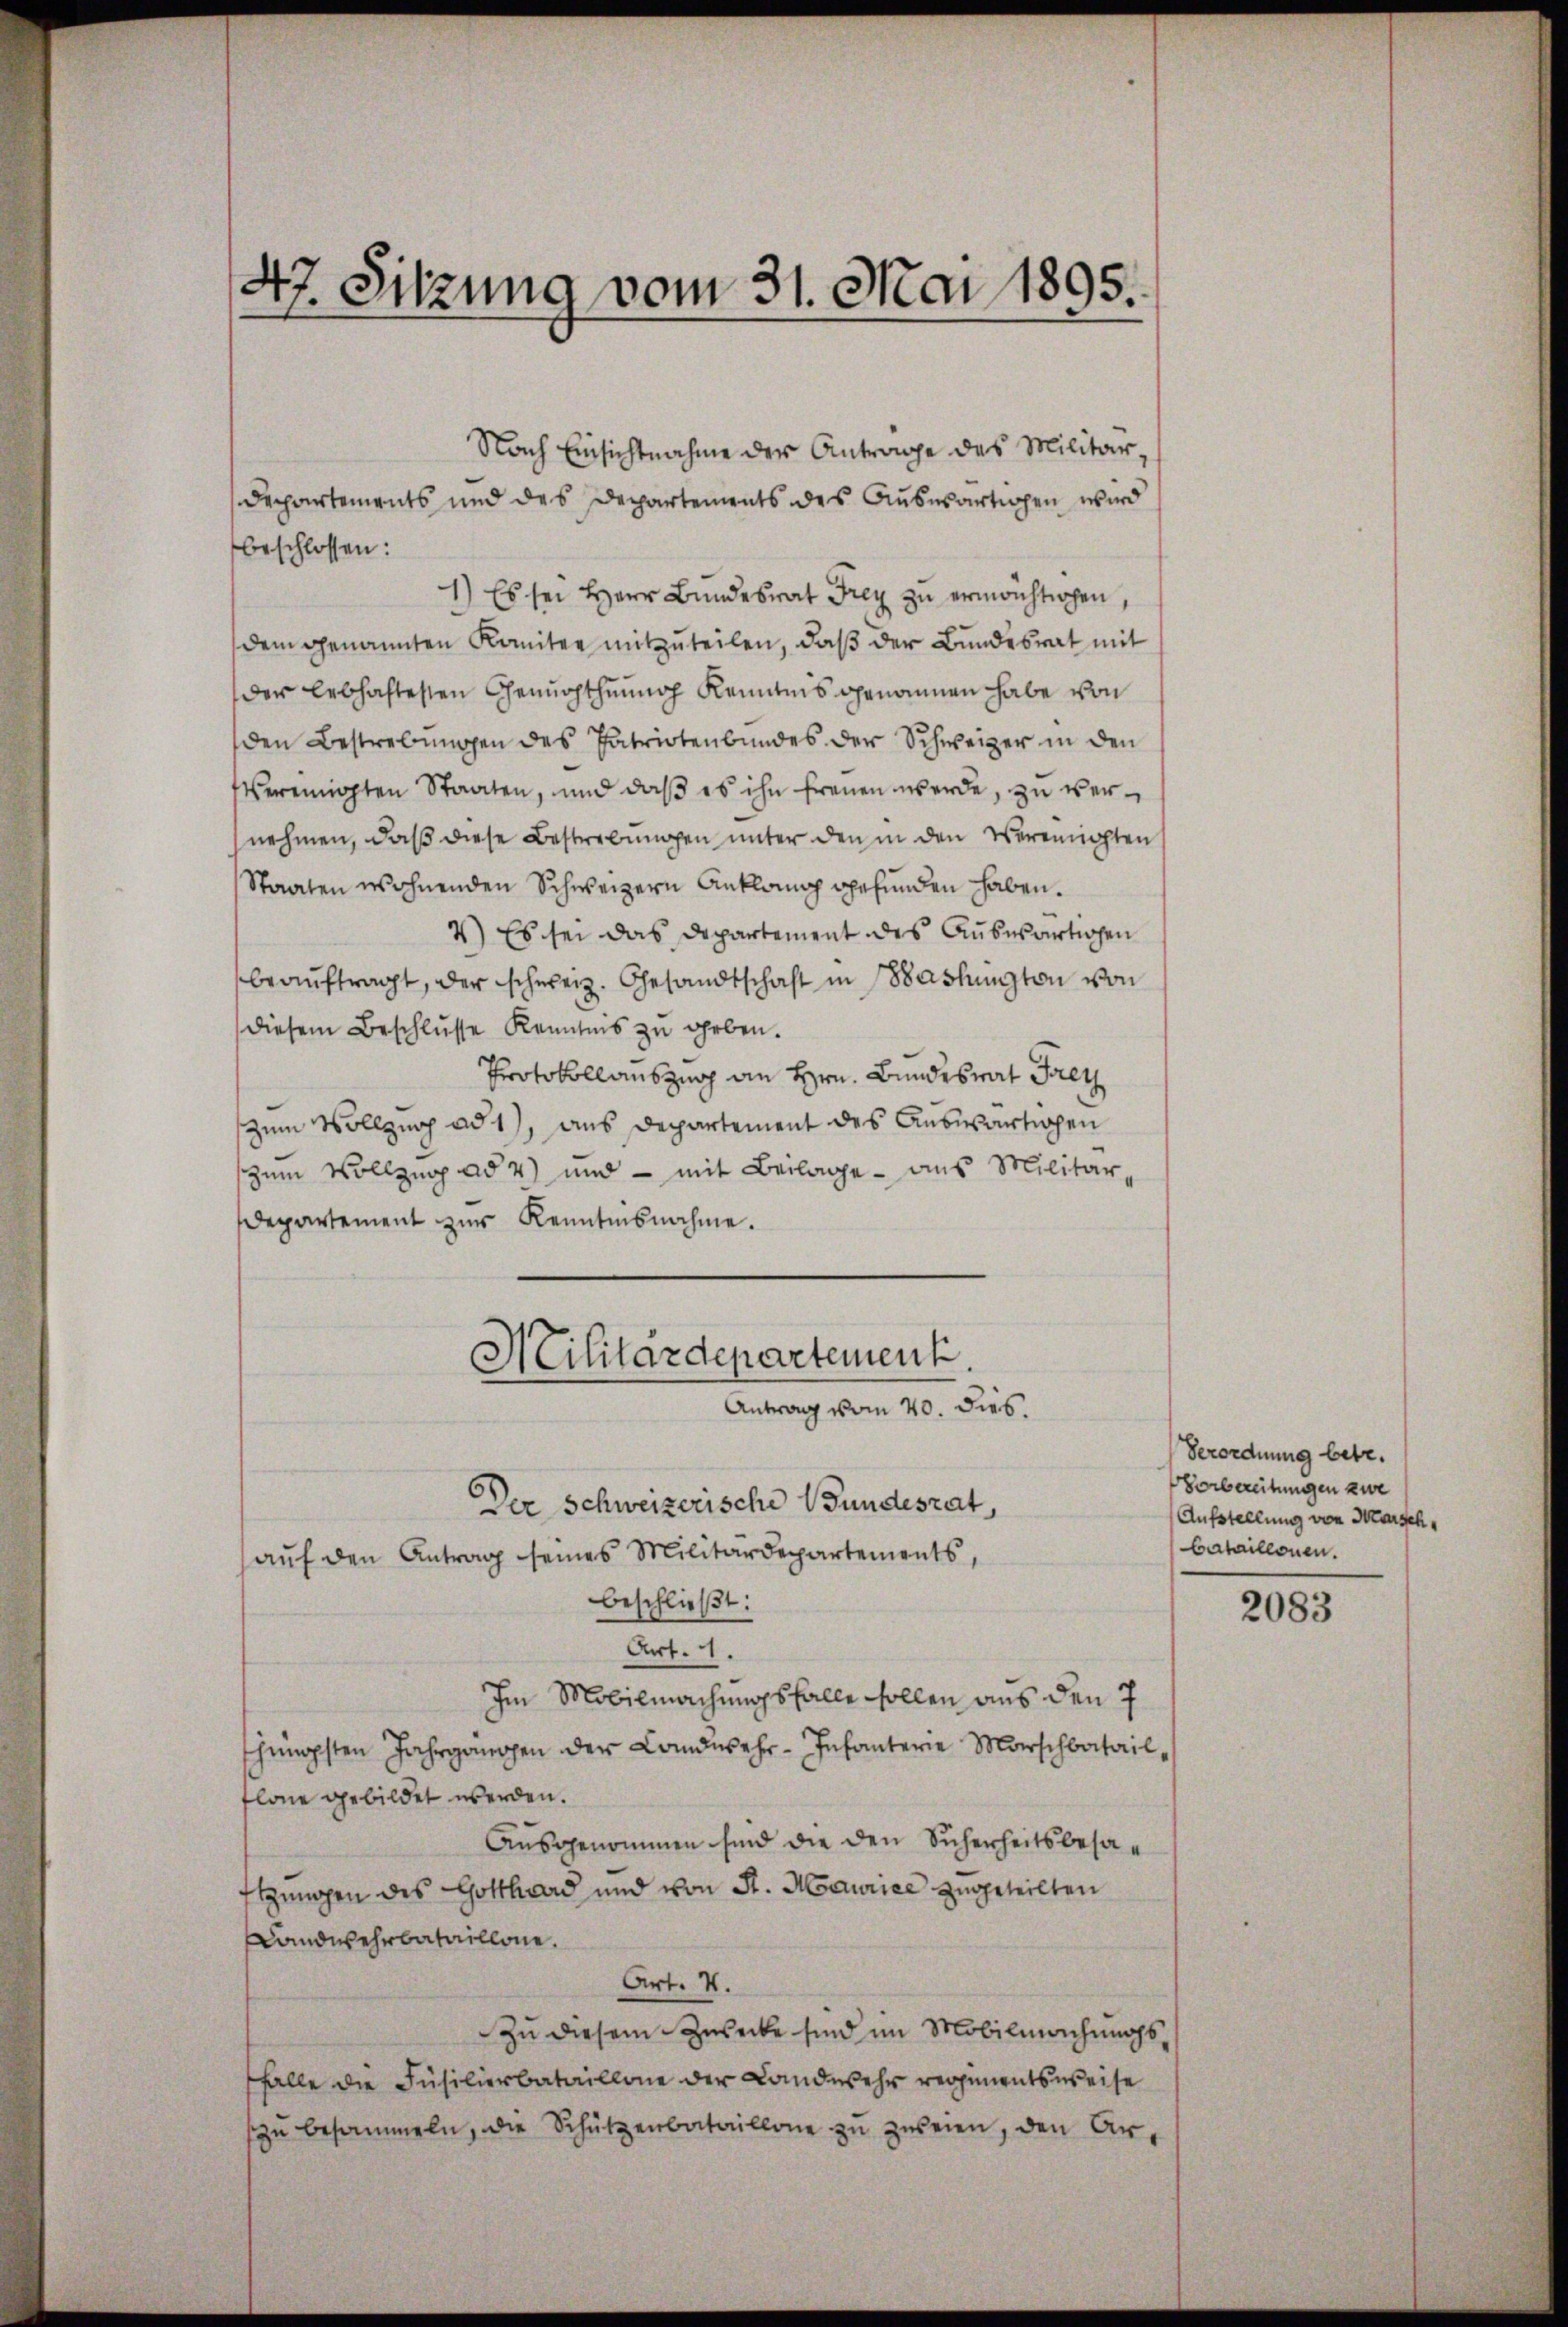
47. Sitzung vom 31. Mai 1895.

Nach Einsichtnahme der Antrage des Militär¬
Departements und des Departements des Auswärtigen wird
beschlossen:
1) Es sei Herr Bundesrat Frey zu ermachtigen
dem genannten Komitee mitzŭteilen, daβ der Bŭndesrat mit
der lebhaftesten Genüchthung Kenntnis genommen habe von
den Bestrebungen des Patriotenbundes der Schweizer in den
vereinigten Staaten, und daβ es ihn freuen werde, zu vernehmen, daß diese Bestrebungen unter den in den Vereinigten
Staaten wohnenden Schweizern Anklang gefunden haben.
2) Es sei das Departement des Auswärtigen
beaŭftragt, der schweiz. Gesandtschaft in Washington von
diesem Beschlŭsse Kenntnis zu geben.
Protokollauszug an Hrn. Bundesrat Frei
zum Vollzug ad 1, aus Departement des Auswärtigen
zum Vollzug ad 4) und - mit Beilage aus Militär-
departement zŭr Kenntnisnahme.
Militärdepartement.
Antrag vom 20. dies.
Der Schweizerische Wundesrat,
auf den Antrag seines Militärdepartements,
beschließt:
Art. 11.
Im Mobilmachungsfalle sollen aus den 7
thüngsten Jahrgangen der Landwehr-Infanterie Marschbatailflonie gebildet werden.
Ausgenommen sind die den Sicherheitsbesasungen des Gotthard und von St. Maurice zugeteilten
Landwehrbataillone.
Art. V.
Zu diesem Zwecke sind im Mobilmachungsfalle die Füsilierbataillone der Landwehr regimentsweise
zŭ besammeln, die Schützenbataillone zu zweien, den Ar¬

Verordnung betr.
Vorbereitungen zwe
Aufstellung von Marsch
bataillonen.

2083